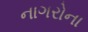
નાગરોના